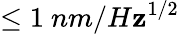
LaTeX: \leq1\ nm/H\mathbf{z}^{1/2}